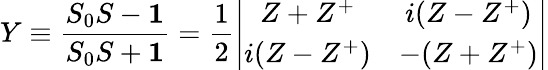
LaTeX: Y\equiv\frac{S_{0}S-{\mathbf 1}}{S_{0}S+{\mathbf 1}}=\frac{1}{2}\left|\begin{array}{cc}{{Z+Z^{+}}}&{{i(Z-Z^{+})}}\\ {{i(Z-Z^{+})}}&{{-(Z+Z^{+})}}\end{array}\right|